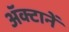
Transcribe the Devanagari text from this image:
अॅक्टानें